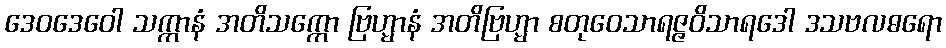
ဒေဝဒေဝေါ သက္ကာနံ အတိသက္ကော ဗြဟ္မာနံ အတိဗြဟ္မာ စတုဝေသာရဇ္ဇဝိသာရဒေါ ဒသဗလဓရော